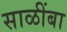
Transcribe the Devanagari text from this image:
साळींबा